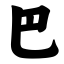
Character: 巴